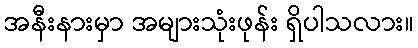
အနီးနားမှာ အများသုံးဖုန်း ရှိပါသလား။